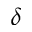
\delta